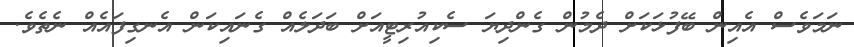
ނަމަވެސް އެއިން ބޭފުޅަކަށް ދެމުން ގެންދިޔަ ސެކިއުރިޓީއަށް ބަދަލެއް ގެނައިކަން އެނގިފައެއް ނެތެވެ.